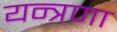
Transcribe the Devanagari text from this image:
यन्त्रणा